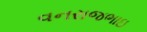
વનરાજભાઇ